Civil Veterinary Department Bihar & Orissa reports 1922-29 - 1922-1929
Year: 1922
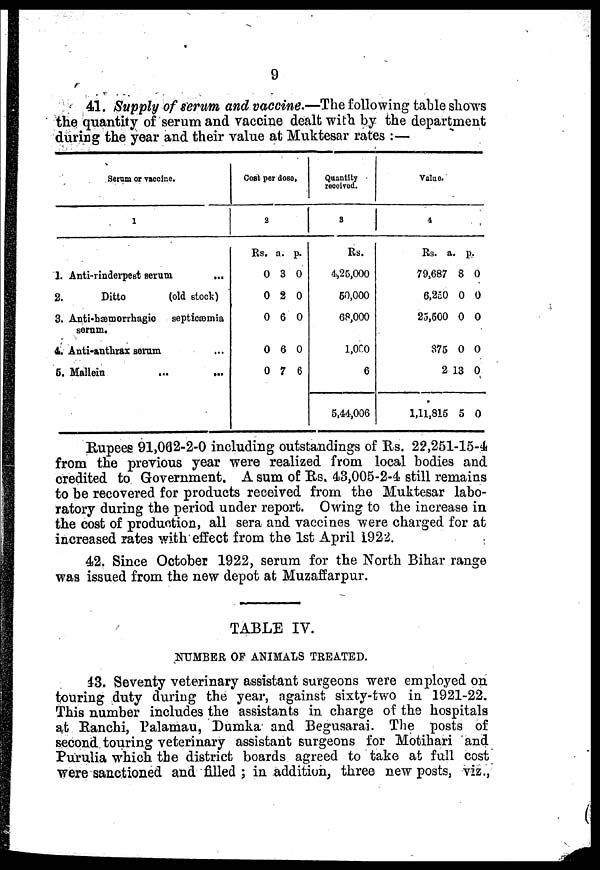
9
41. Supply of serum and vaccine.—The following table shows
the quantity of serum and vaccine dealt with by the department
during the year and their value at Muktesar rates :—
Serum or vaccine.
1
1. Anti-rinderpest serum
...
2.
Ditto
(old slock)
3. Anti-hæmorrhagic septicæmia
serum.
4. Anti-anthrax serum ...
5. Mallein
...
...
Cost per dose.
2
Rs.
0
0
0
0
0
a.
3
2
6
6
7
p.
0
0
0
0
6
Quantity
received.
3
Rs.
4,25,000
60,000
68,000
1,000
6
6,44,006
Value.
4
Rs.
79,687
6,250
25,500
375
2
1,11,816
a.
8
0
0
0
13
5
p
.
0
0
0
0
0
0
Rupees 91,082-2-0 including outstandings of Rs. 22,251-15-4
from the previous year were realized from local bodies and
credited to Government. A sum of Rs. 43,005-2-4 still remains
to be recovered for products received from the Muktesar labo-
ratory during the period under report. Owing to the increase in
the cost of production, all sera and vaccines were charged for at
increased rates with effect from the 1st April 1922.
42. Since October 1922, serum for the North Bihar range
was issued from the new depot at Muzaffarpur.
TABLE IV.
NUMBER OF ANIMALS TREATED.
43. Seventy veterinary assistant surgeons were employed on
touring duty during the year, against sixty-two in 1921-22.
This number includes the assistants in charge of the hospitals
at Ranchi, Palamau, Dumka and Begusarai. The posts of
second touring veterinary assistant surgeons for Motihari and
Purulia which the district boards agreed to take at full cost
were sanctioned and filled ; in addition, three new posts, viz.,